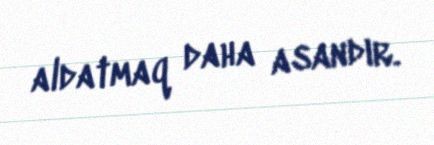
aldatmaq daha asandır.